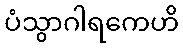
ပံသွာဂါရကေဟိ